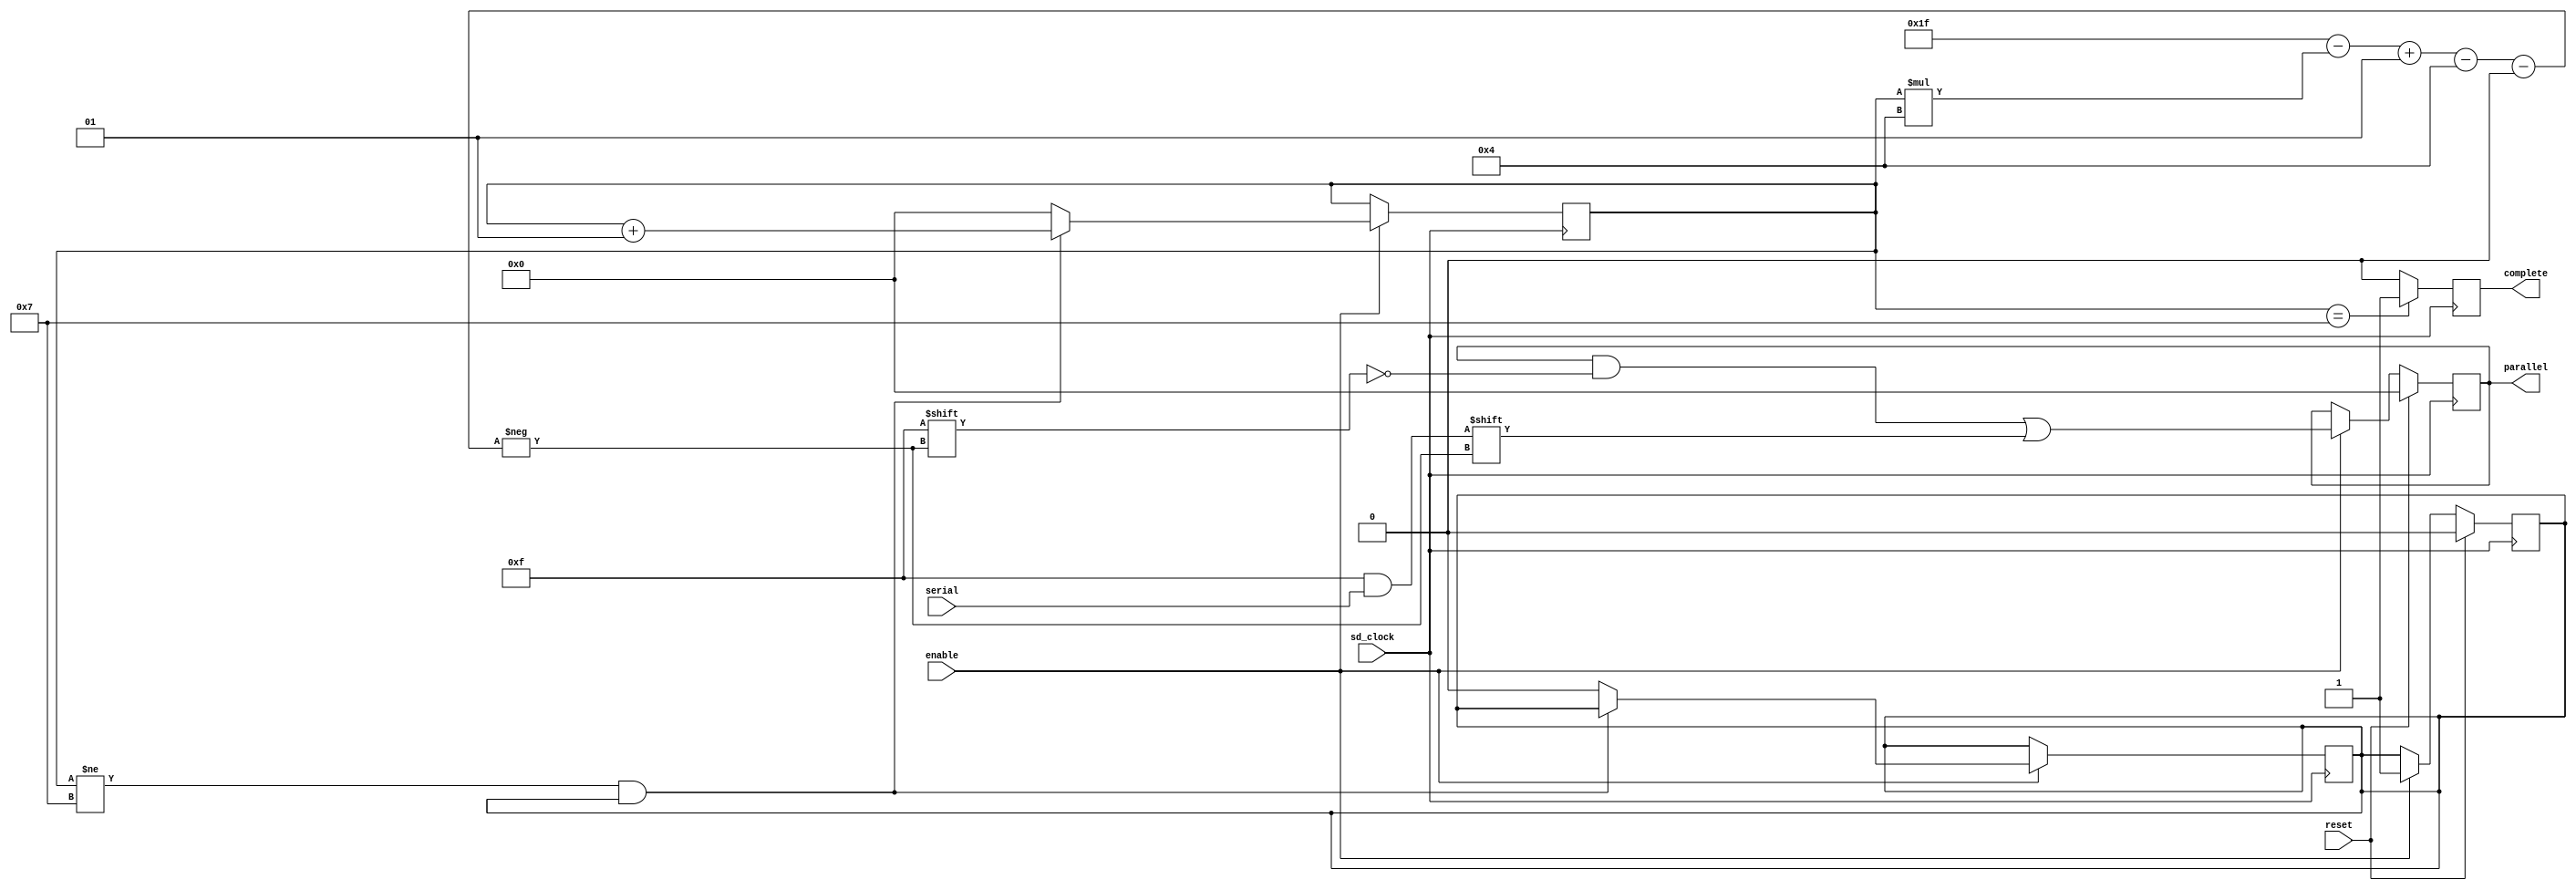
module m_n(parallel, serial, sd_clock, enable, reset, complete);
	
	//so-called serial port is m width paralel port
	//n width bigger than m, goes from m width to n width
	input enable;
	input [m-1:0]serial;
	input reset;
	input sd_clock;
	output [n-1:0] parallel;
	output         complete;

	wire enable;
	wire [m-1: 0]serial;
	wire reset;
	wire sd_clock;

	reg [n-1:0] parallel  = 0;
	reg         complete;
	reg initial_enable = 0;
	integer count = 0;
	parameter n = 32;	
	parameter m = 4;
	always @ (posedge sd_clock)
		begin
			if (reset) begin
				parallel <= 0;
				initial_enable = 0;
			end else begin
				if (enable) begin
					parallel [n-1-count*m -: m] <= serial;
					initial_enable = 1;
				end else begin
					 parallel <= parallel;
				end
			end
		end
	
	always @ (negedge sd_clock)
		begin
			if(enable) begin
				if(count != n/m-1 && initial_enable) begin
					count = (count + 1);
				end else begin
					count = 0;
					initial_enable = 0;
				end 
			end	
		end
	
	always @ (posedge sd_clock)
		begin
			if (count == n/m-1) begin
				complete = 1'b1;
			end else begin
				complete = 1'b0;
			end
		end	

endmodule